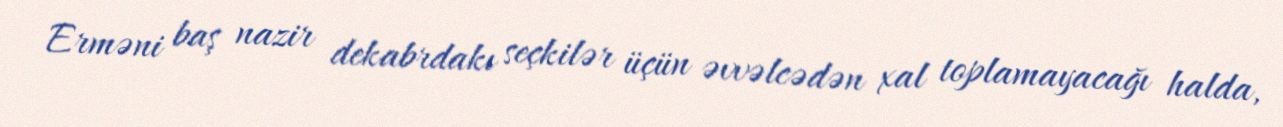
Erməni baş nazir dekabrdakı seçkilər üçün əvvəlcədən xal toplamayacağı halda,